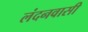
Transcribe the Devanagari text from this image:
लंदनवासी